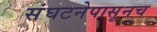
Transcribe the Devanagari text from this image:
संघटनेपासूनच